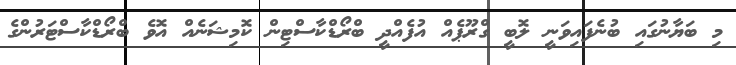
މި ބަޔާނުގައި ބުނެފައިވަނީ ލޮބީ ގްރޫޕެއް އުފެއްދީ ބްރޯޑްކާސްޓިން ކޮމިޝަނެއް އޮވެ ބްރޯޑްކާސްޓަރުންގެ